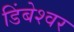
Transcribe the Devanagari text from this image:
डिंबेश्वर